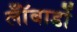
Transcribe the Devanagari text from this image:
लॉँबार्डो